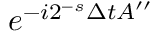
e ^ { { - i 2 ^ { - s } } \Delta t A ^ { \prime \prime } }